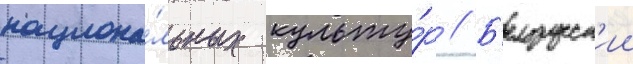
национа́льных культу́р // Б'елорусск'ии